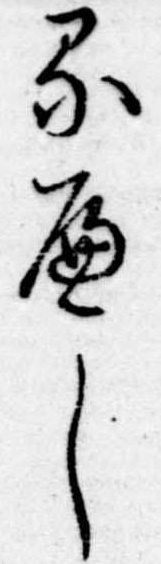
るへし